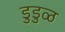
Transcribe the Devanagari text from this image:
डुडुळ